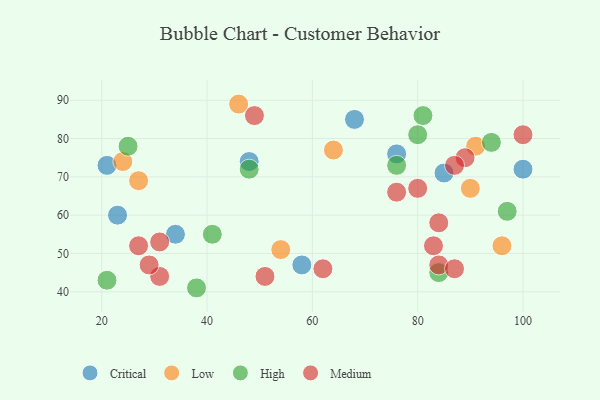
{"axis": {"x": "GDP", "y": "Life Expectancy"}, "legend": ["Critical", "High", "Low", "Medium"], "data": [{"x": "76", "y": 76, "type": "Critical"}, {"x": "23", "y": 60, "type": "Critical"}, {"x": "21", "y": 73, "type": "Critical"}, {"x": "58", "y": 47, "type": "Critical"}, {"x": "48", "y": 74, "type": "Critical"}, {"x": "68", "y": 85, "type": "Critical"}, {"x": "85", "y": 71, "type": "Critical"}, {"x": "100", "y": 72, "type": "Critical"}, {"x": "34", "y": 55, "type": "Critical"}, {"x": "64", "y": 77, "type": "Low"}, {"x": "27", "y": 69, "type": "Low"}, {"x": "91", "y": 78, "type": "Low"}, {"x": "24", "y": 74, "type": "Low"}, {"x": "54", "y": 51, "type": "Low"}, {"x": "46", "y": 89, "type": "Low"}, {"x": "90", "y": 67, "type": "Low"}, {"x": "96", "y": 52, "type": "Low"}, {"x": "21", "y": 43, "type": "High"}, {"x": "41", "y": 55, "type": "High"}, {"x": "94", "y": 79, "type": "High"}, {"x": "25", "y": 78, "type": "High"}, {"x": "48", "y": 72, "type": "High"}, {"x": "76", "y": 73, "type": "High"}, {"x": "81", "y": 86, "type": "High"}, {"x": "80", "y": 81, "type": "High"}, {"x": "97", "y": 61, "type": "High"}, {"x": "84", "y": 45, "type": "High"}, {"x": "38", "y": 41, "type": "High"}, {"x": "76", "y": 66, "type": "Medium"}, {"x": "89", "y": 75, "type": "Medium"}, {"x": "83", "y": 52, "type": "Medium"}, {"x": "49", "y": 86, "type": "Medium"}, {"x": "31", "y": 44, "type": "Medium"}, {"x": "84", "y": 58, "type": "Medium"}, {"x": "100", "y": 81, "type": "Medium"}, {"x": "31", "y": 53, "type": "Medium"}, {"x": "27", "y": 52, "type": "Medium"}, {"x": "62", "y": 46, "type": "Medium"}, {"x": "84", "y": 47, "type": "Medium"}, {"x": "87", "y": 73, "type": "Medium"}, {"x": "87", "y": 46, "type": "Medium"}, {"x": "80", "y": 67, "type": "Medium"}, {"x": "51", "y": 44, "type": "Medium"}, {"x": "29", "y": 47, "type": "Medium"}]}